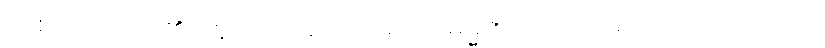
တစ်ဖုံသိတတ်၏။ ဣတိ၊ ထို့ကြောင့်။ (တံ ဓမ္မဇာတံ၊ ထိုတရားသဘောသည်။)